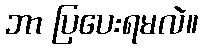
ဘာ ပြပေးရမလဲ။